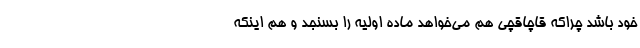
خود باشد چراکه قاچاقچی هم می‌خواهد ماده اولیه را بسنجد و هم اینکه